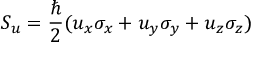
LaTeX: S _ { u } = { \frac { \hbar } { 2 } } ( u _ { x } \sigma _ { x } + u _ { y } \sigma _ { y } + u _ { z } \sigma _ { z } )